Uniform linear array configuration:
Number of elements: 8
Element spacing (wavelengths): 1
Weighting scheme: uniform
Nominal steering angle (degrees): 15
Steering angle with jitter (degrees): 14.552
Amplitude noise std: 0.05
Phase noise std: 0.05

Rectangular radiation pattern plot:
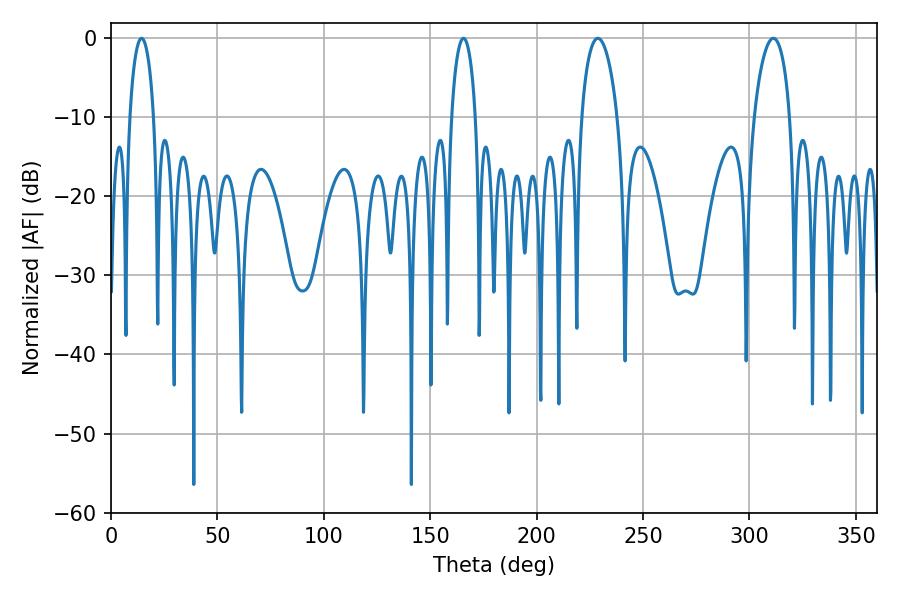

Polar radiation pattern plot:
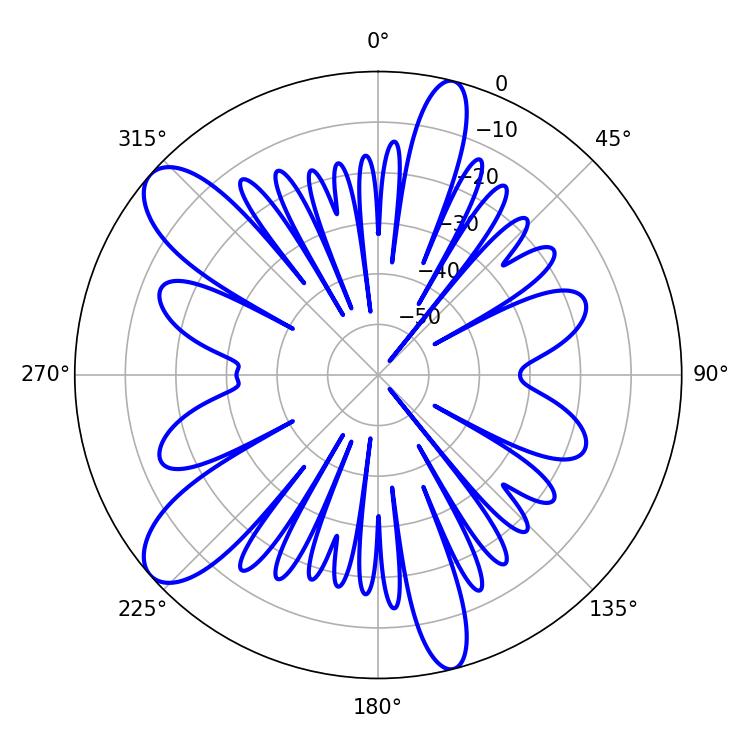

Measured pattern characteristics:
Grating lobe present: TRUE
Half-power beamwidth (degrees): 9.54
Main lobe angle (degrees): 311.22